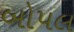
બોપલ